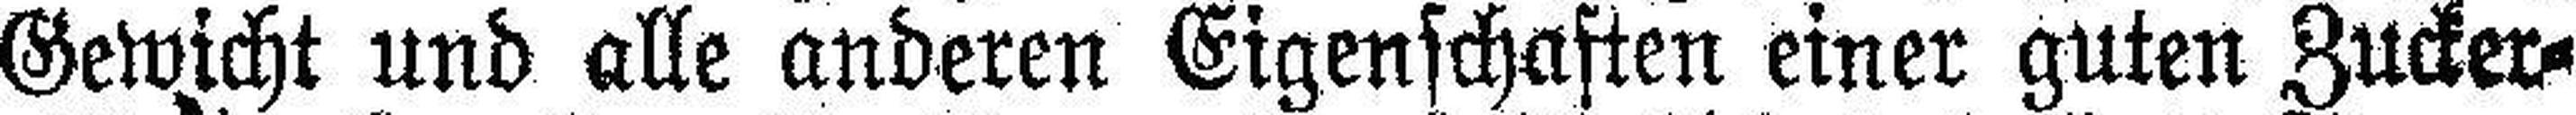
Gewicht und alle anderen Eigenschaften einer guten Zucker¬